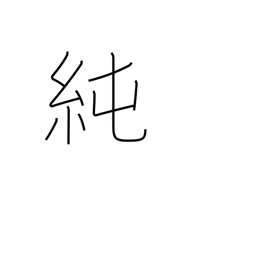
Meaning: purity